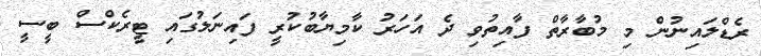
ރެޑްލައިނުން މި މުބާރާތް ފާއިތުވި ދެ އަހަރު ކާމިޔާބުކުރީ ފައިނަލުގައި ޓީރެކްސް ބީސީ